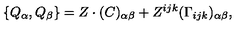
\{ Q _ { \alpha } , Q _ { \beta } \} = Z \cdot ( C ) _ { \alpha \beta } + Z ^ { i j k } ( \Gamma _ { i j k } ) _ { \alpha \beta } ,